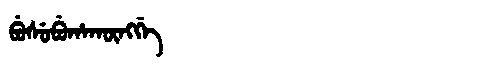
Manchu: ᠪᡠᠰᡠᠪᡠᡥᠠᡴᡡᠩᡤᡝ
Romanization: BUSUBUHAKŪNGGE